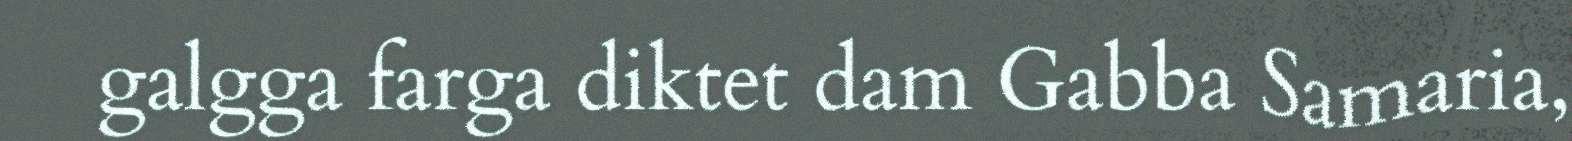
galgga farga diktet dam Gabba Samaria,